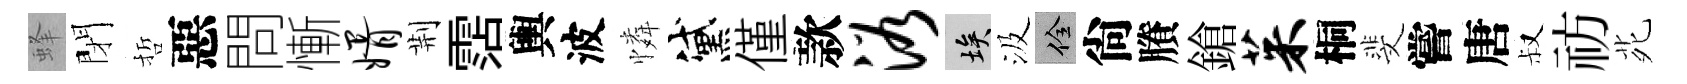
蜂閉哲惡問慚婿荆霑輿波憐黛僅款浴埃汲佺尙賸鎗茱桐斐嘗唐叔祊𫟍